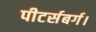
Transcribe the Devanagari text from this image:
पीटर्सबर्ग।